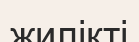
жилікті